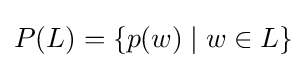
{\textstyle P(L)=\{p(w)\mid w\in L\}}